Vabadussoja_Ajaloo_Komitee, lk 21
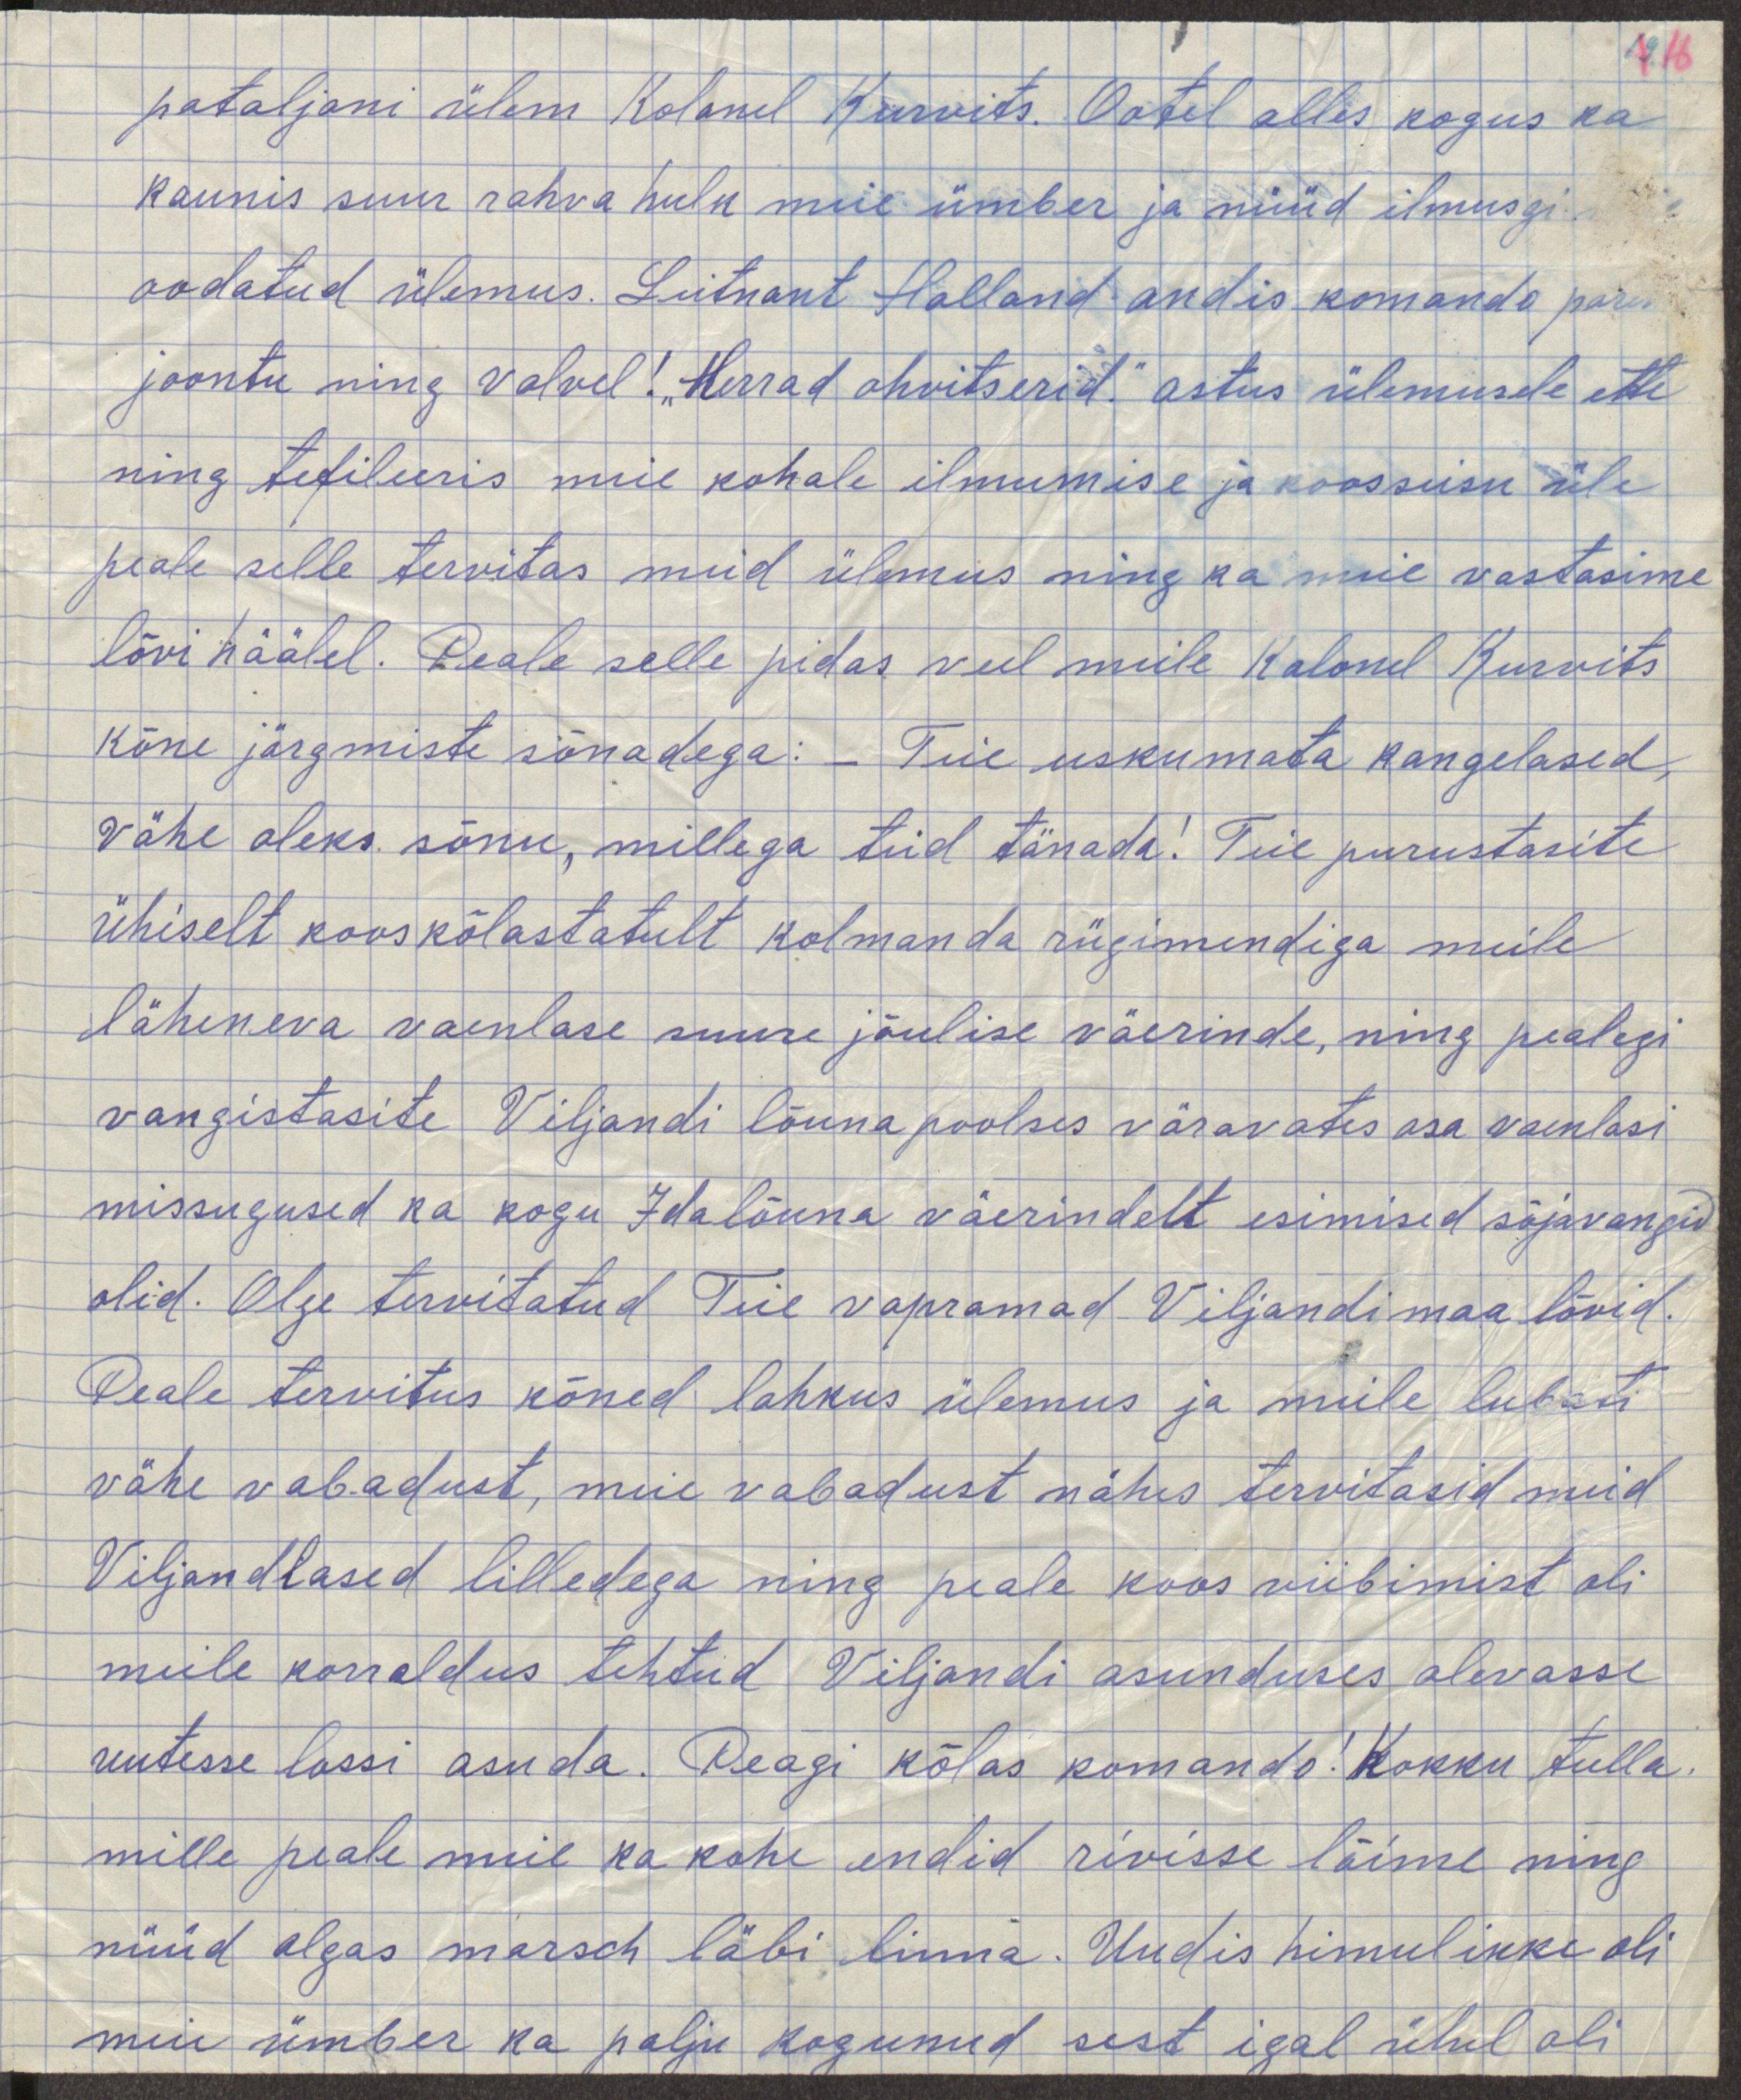
pataljoni ülem Kolonel Kurvits. Ootel olles kogus ka
kaunis suur rahva hulk meie ümber ja nüüd ilmusgi
oodatud ülemus. Leitnant Holland andis komando parn
joontu ning valvel! "Herrad ohvitserid." astus ülemusele ette
ning tefileeris meie kohale ilmumise ja koosseisu üle
peale selle tervitas meid ülemus ning ka meie vastasime
lõvi häälel. Peale selle pidas veel meile Kolonel Kurvits
kõne järgmiste sõnadega: - Teie uskumata kangelased,
vähe oleks sõnu, millega teid tänada! Teie purustasite
ühiselt kooskõlastatult kolmanda rügimendiga meile
läheneva vaenlase suuruse jõulise väerinde, ning pealegi
vangistastite Viljandi lõuna poolses väravates osa vaenlasi
missugused ka kogu Idalõuna väerindelt esimised sõjavangid
olid. Olgu tervitatud Teie vapramad Viljandimaa lõvid.
Peale tervitus kõned lahkus ülemus ja meile lubati
vähe vabadust, meie vabadust nähes tervitasid meid
Viljandlased lilledega ning peale koos viibimist oli
meile korraldus tehtud Viljandi asunduses olevasse
uutesse lossi asuda. Peagi kõlas komando! Kokku tulla,
mille peale meil ka kohe endid rivisse lõime ning
nüüd algas marsch läbi linna. Uudis himulikke oli
meie ümber ka palju kogunud sest igal ühel oli